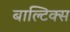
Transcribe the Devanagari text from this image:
बाल्टिक्स